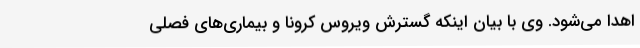
اهدا می‌شود. وی با بیان اینکه گسترش ویروس کرونا و بیماری‌های فصلی